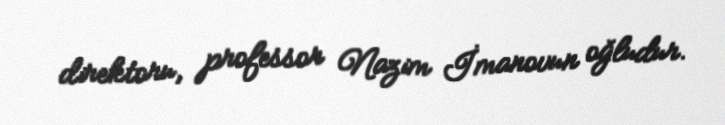
direktoru, professor Nazim İmanovun oğludur.